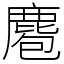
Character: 麅